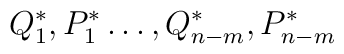
{Q}^{\ast}_1, {P}^{\ast}_1 \dots , \\{Q}^{\ast}_{n-m}, {P}^{\ast}_{n-m}